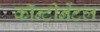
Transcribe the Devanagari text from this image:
कॉन्टीनेंटल